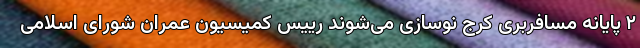
۲ پایانه مسافربری کرج نوسازی می‌شوند رییس کمیسیون عمران شورای اسلامی